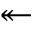
\twoheadleftarrow